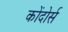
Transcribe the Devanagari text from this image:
कोंदोर्स